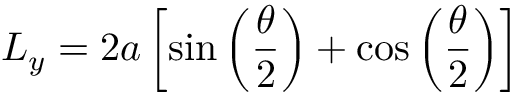
L _ { y } = 2 a \left[ \sin \left( \frac { \theta } { 2 } \right) + \cos \left( \frac { \theta } { 2 } \right) \right]